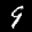
Label: 9